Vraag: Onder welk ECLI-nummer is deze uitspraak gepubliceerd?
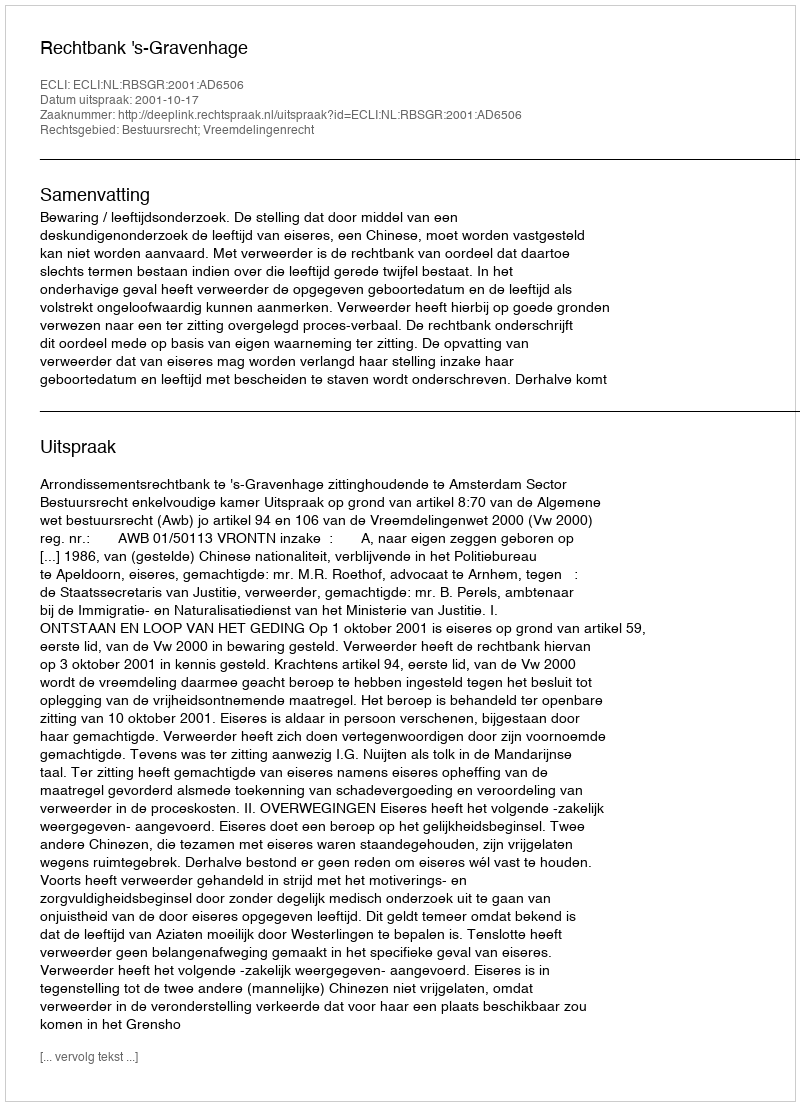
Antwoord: ECLI:NL:RBSGR:2001:AD6506